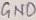
Text: GND